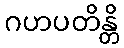
ဂဟပတိန္တိ